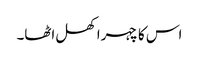
اس کا چہرا کھل اٹھا۔